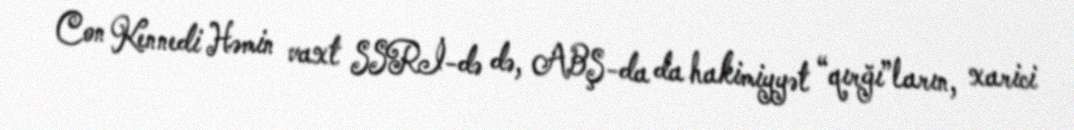
Con Kennedi Həmin vaxt SSRİ-də də, ABŞ-da da hakimiyyət “qırğı”ların, xarici